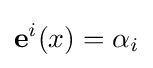
\mathbf {e} ^{i}(x)=\alpha _{i}